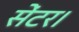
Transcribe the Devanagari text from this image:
सेंटर।